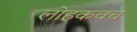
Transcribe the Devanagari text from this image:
लोहकवच